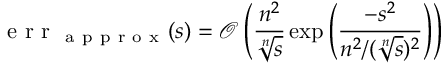
\mathrm { ~ e ~ r ~ r ~ } _ { \mathrm { ~ a ~ p ~ p ~ r ~ o ~ x ~ } } ( s ) = \mathcal { O } \left( \frac { n ^ { 2 } } { \sqrt [ n ] { s } } \exp \left( \frac { - s ^ { 2 } } { n ^ { 2 } / ( \sqrt [ n ] { s } ) ^ { 2 } } \right) \right)